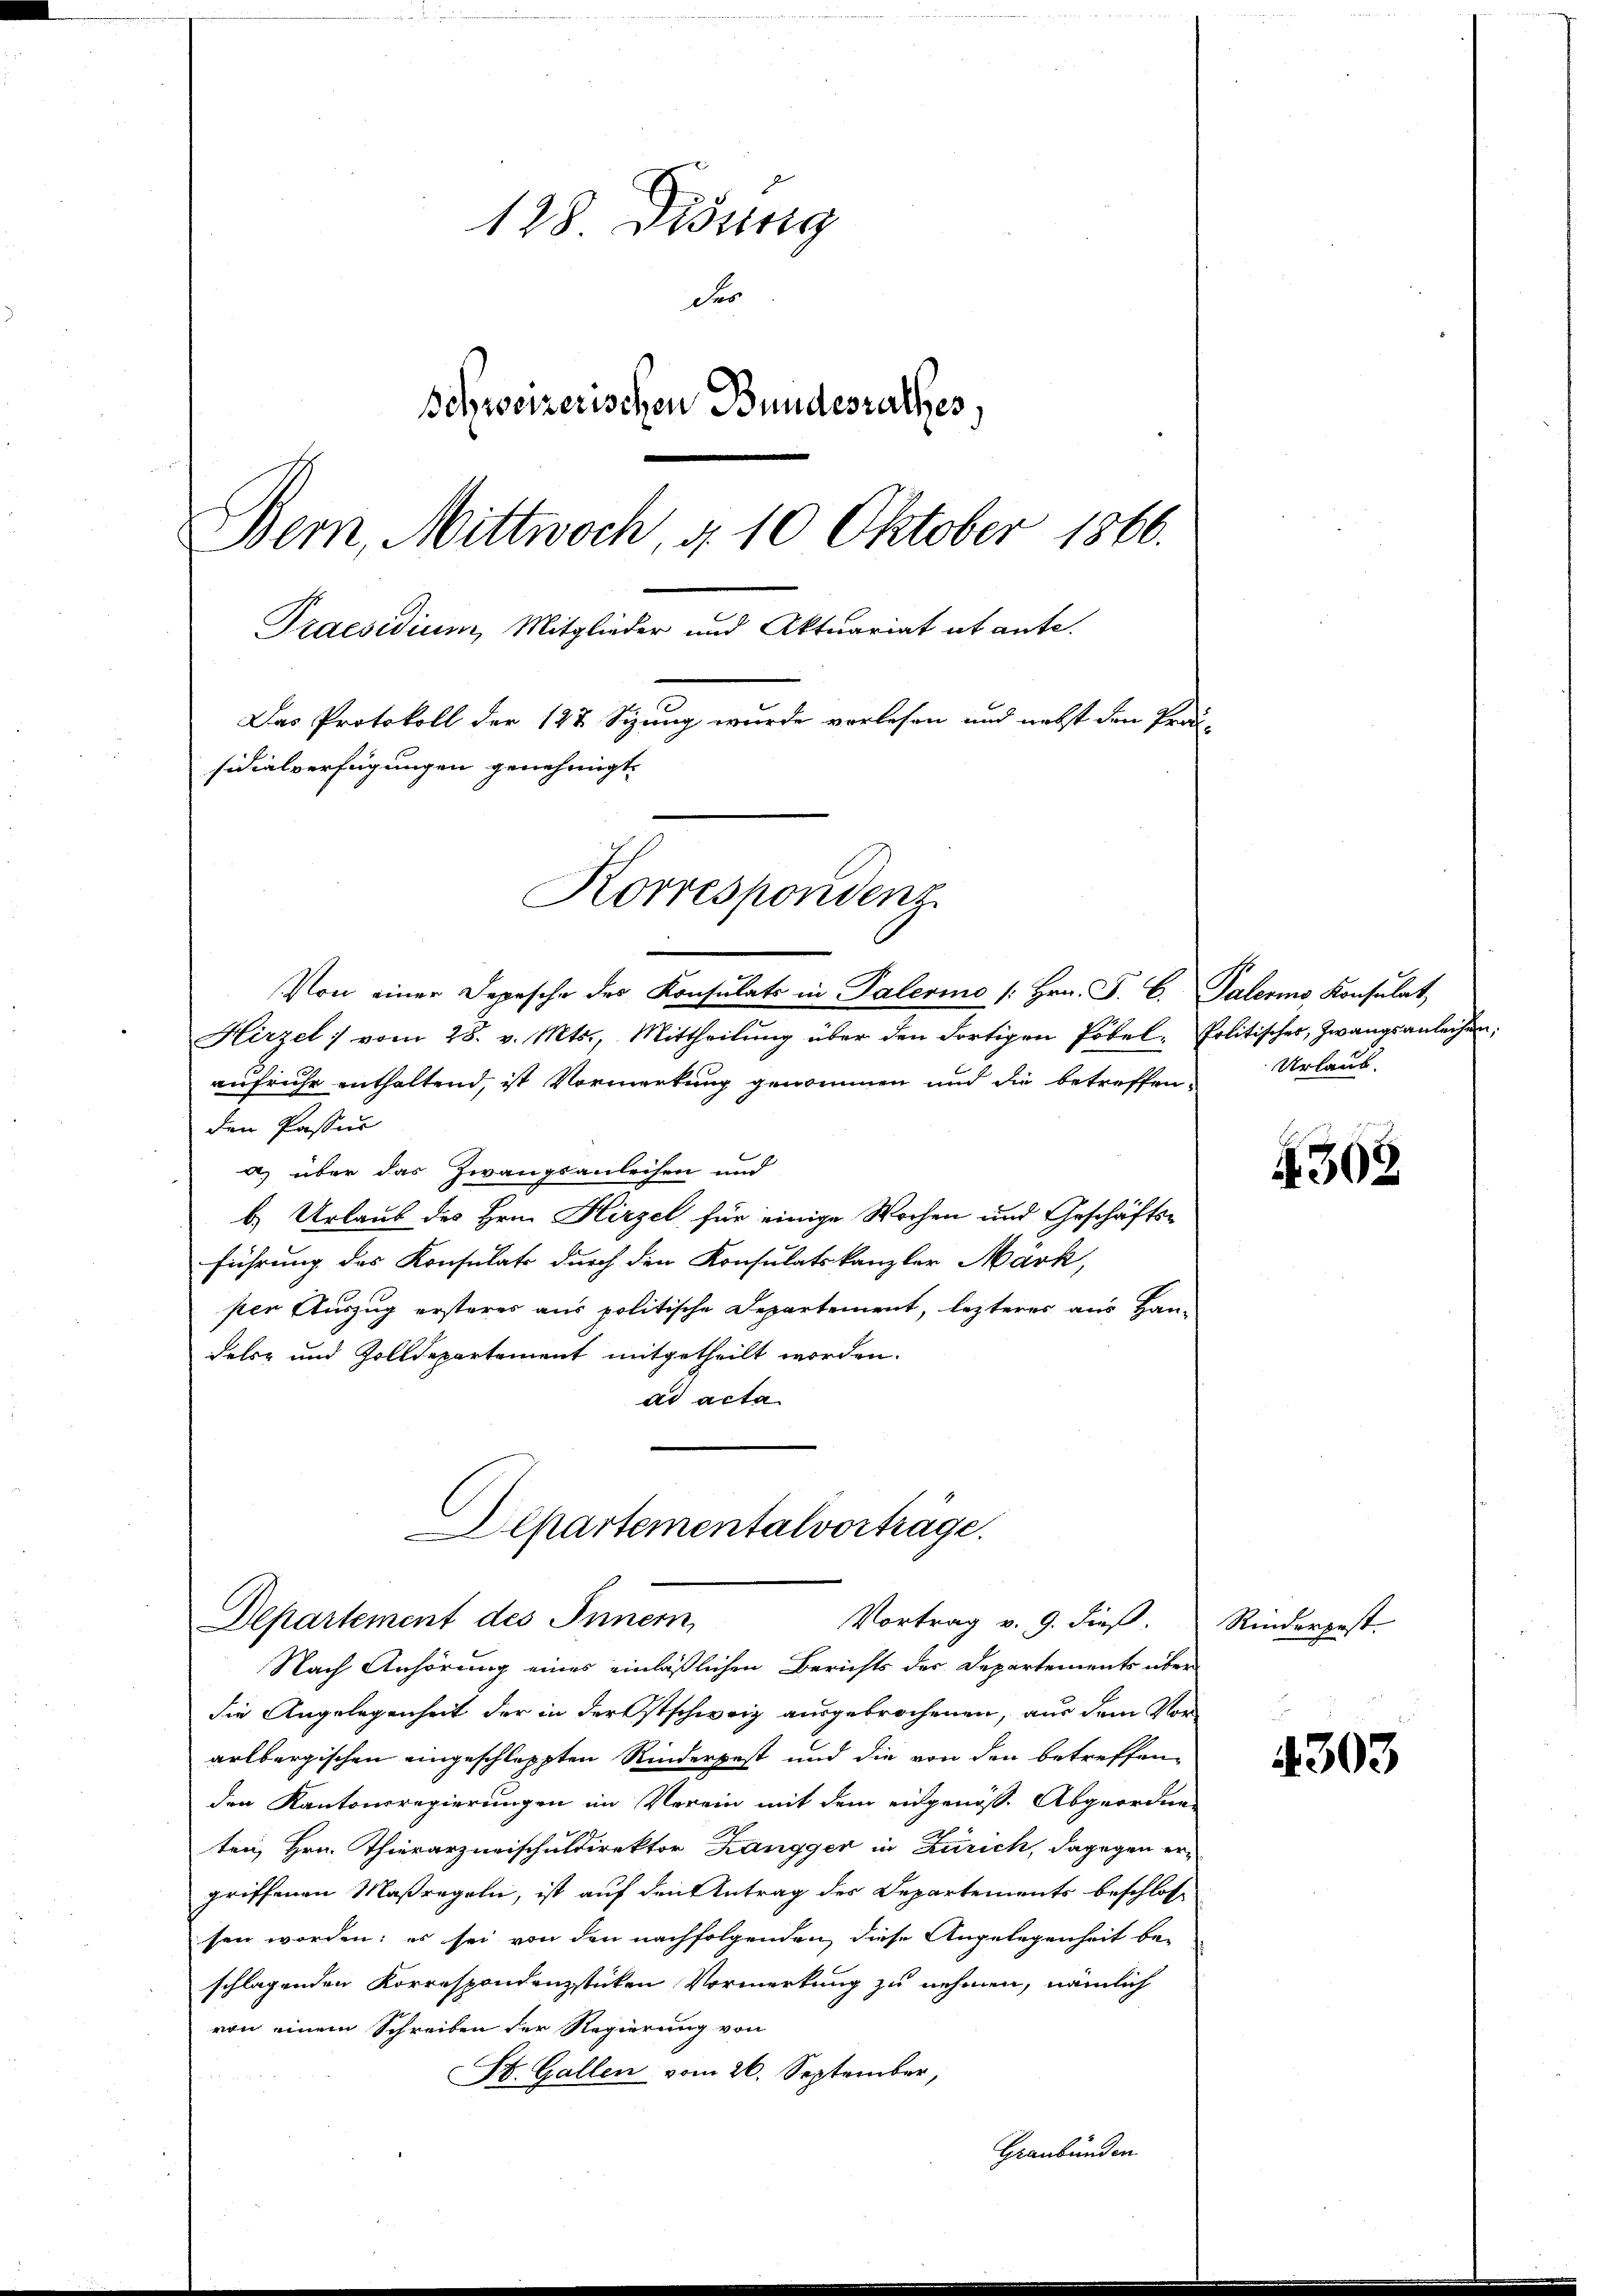
128 Didung
der
Schweizerischen Bundesrathes,
Bern, Mittwoch, d. 10 Oktober 1866.
Praesidium, Mitglieder und Aktuariat abante.
Das Protokoll der 127 Sizung wurde verlesen und nebst den Prä-
sidialverfügungen genehmigt.
Korrespondenz

Hirzel vom 28. v. Mts., Mittheilŭng über den dortigen Pöbel-Politischer, Zwangsanleihen;
aufruhe enthaltend, ist Vormerkung genommen und die betreffen Urlaub-
den Passur
a) über das Zwangsanleisen und
b.) Urlaub des Hrn. Hirzel für einige Wochen und Geschäftsführung des Konsulate durch den Konsulatskanzler Märk,
ser Auszug ersteres aus politische Departement, lezteres aus Han-
Felce und Zolldepartement mitgetheilt worden.
ad acta

die Angelegenheit der in der Ostschweiz ausgebrochenen, aus dem Vor
arlbergischen eingeschleppten Rinderpest und die von den betreffenden Kantonsregierungen im Verein mit dem eidgenöss. Abgeordne
ten, Hrn. Thierarzneischuldirektor Zangger in Zürich, dagegen ergriffenen Maßregeln, ist auf den Antrag des Departements beschlosse
sen worden; es sei von den nachfolgenden, diese Angelegenheit beschlagenden Korrespondenzstücken Vormerkung zu nehmen, nämlich
von einem Schreiben der Regierung von
St. Gallen vom 26. September,
Graubünden

Von einer Depesche des Konsulats in Palerino /: hrn. F. C. Paleris Konsulat

Alpartementalvorträge.
Departement des Innern,
Vortrag v. 9. dieß. Rindergest
Nach Anhörung eines einläßlichen Berichts der Departements über

302

4303